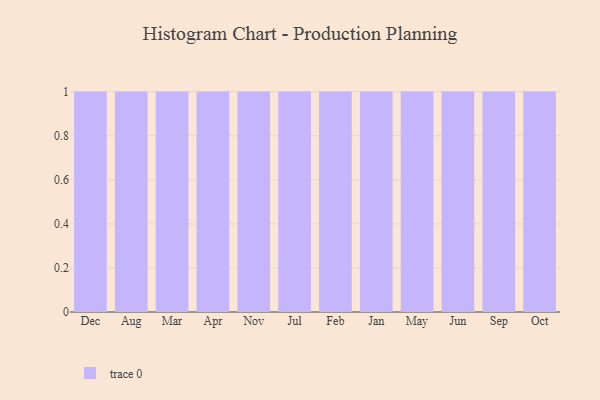
{"axis": {"x": "Month", "y": "Gross Profit (USD K)"}, "legend": [""], "data": [{"x": "Dec", "y": 9, "type": ""}, {"x": "Aug", "y": 37, "type": ""}, {"x": "Mar", "y": 25, "type": ""}, {"x": "Apr", "y": 65, "type": ""}, {"x": "Nov", "y": 55, "type": ""}, {"x": "Jul", "y": 87, "type": ""}, {"x": "Feb", "y": 23, "type": ""}, {"x": "Jan", "y": 84, "type": ""}, {"x": "May", "y": 80, "type": ""}, {"x": "Jun", "y": 79, "type": ""}, {"x": "Sep", "y": 83, "type": ""}, {"x": "Oct", "y": 96, "type": ""}]}